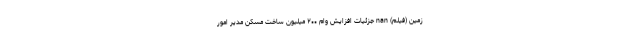
زمین (فیلم) nan جزئیات افزایش وام ۲۰۰ میلیون ساخت مسکن مدیر امور